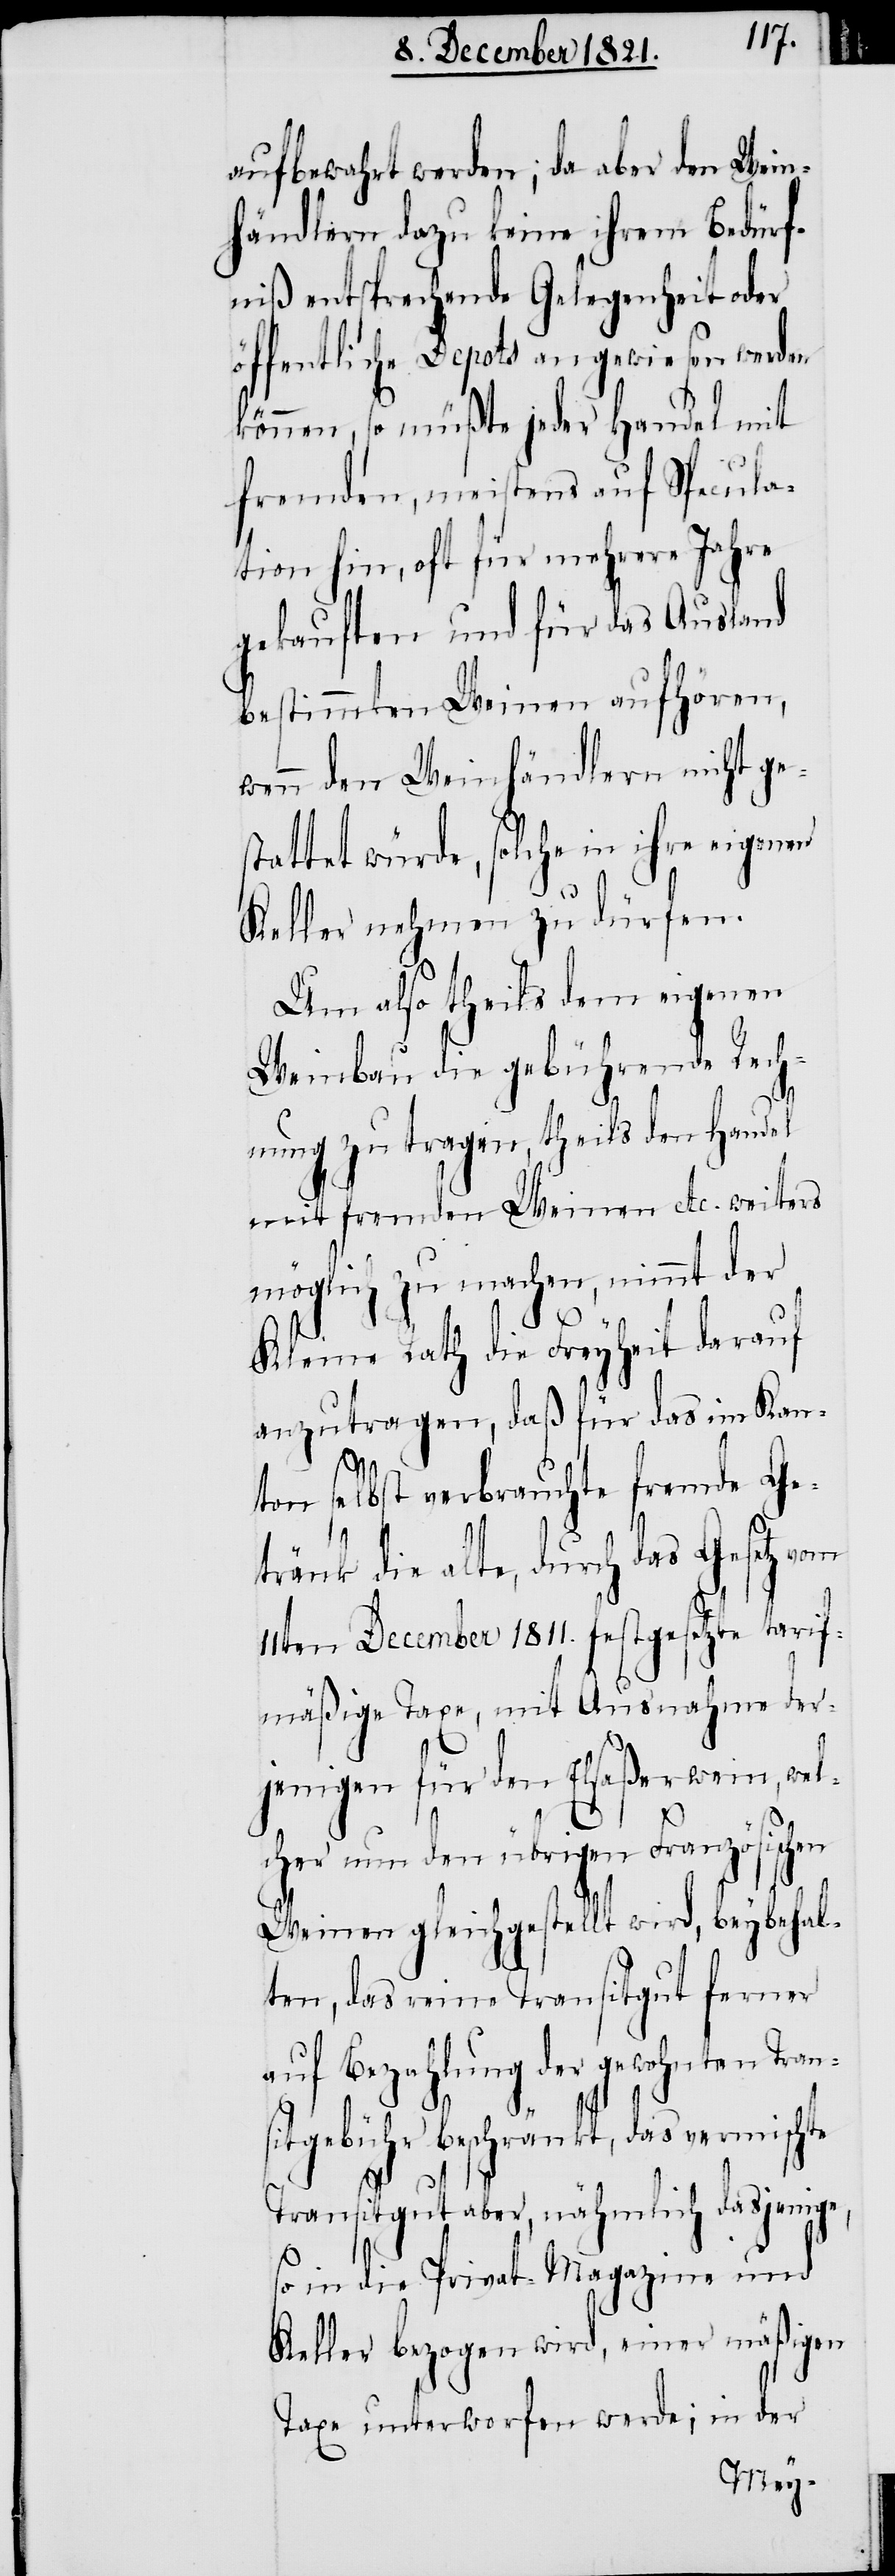
aufbewahrt werden; da aber den Wein¬
händlern dazu keine ihrem Bedürf¬
niß entsprechende Gelegenheit oder
öffentliche Depots angewiesen werden
können, so müßte jeder Handel mit
fremden, meistens auf Specula¬
tion hin, oft für mehrere Jahre
gekauften und für das Ausland
bestimmten Weinen aufhören,
wenn den Weinhändlern nicht ge¬
stattet würde, solche in ihre eigenen
Keller nehmen zu dürfen.
Um also theils dem eigenen
Weinbau die gebührende Rech¬
te
nung zu tragen, theils den Handel
mit fremden Weinen etc. weiters
möglich zu machen, nimmt der
Kleine Rath die Freyheit darauf
anzutragen, daß für das im Kan¬
ton selbst verbrauchte fremde Ge¬
tränk die alte, durch das Gesetz
11ten December 1811. festgesetzte tarif¬
mäßige Taxe, mit Ausnahme der¬
jenigen für den Elsaßerwein, wel¬
cher nun den übrigen Französischen
Weinen gleichgestellt wird, beybehal¬
ten, das reine Transitgut ferner
auf Bezahlung der gewohnten Tra¬
itgebühr beschränkt, der vermisch¬
Transitgut aber, nähmlich dasjenige,
so in die Privat-Magazine und
Keller bezogen wird, einer mäßigen
Taxe unterworfen werde; in der